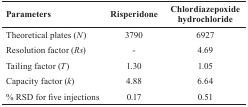
<table><thead><tr><td><b>Parameters</b></td><td><b>Risperidone</b></td><td><b>Chlordiazepoxide hydrochloride</b></td></tr></thead><tbody><tr><td>Theoretical plates (<i>N</i>)</td><td>3790</td><td>6927</td></tr><tr><td>Resolution factor (<i>Rs</i>)</td><td>-</td><td>4.69</td></tr><tr><td>Tailing factor (<i>T</i>)</td><td>1.30</td><td>1.05</td></tr><tr><td>Capacity factor (<i>k</i>)</td><td>4.88</td><td>6.64</td></tr><tr><td>% RSD for five injections</td><td>0.17</td><td>0.51</td></tr></tbody></table>